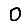
Digit: 0